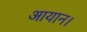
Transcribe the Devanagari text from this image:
आयान।